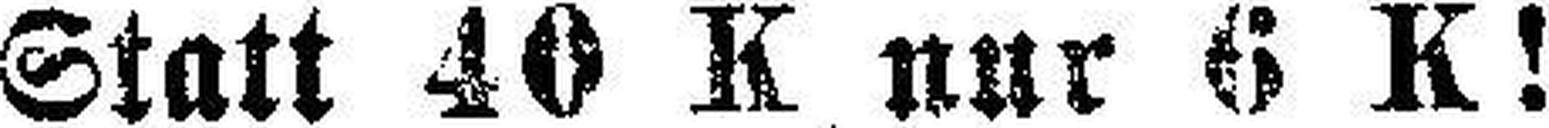
Statt 40 K nur 6 K!